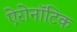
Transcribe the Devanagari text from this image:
ऐरोनॉटिक